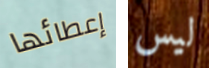
إعطائها ليس